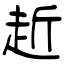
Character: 赾